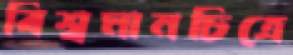
বিশ্বমানচিত্রে